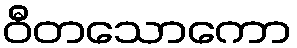
ဝီတသောကော